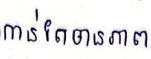
កាន់តែមានភាព